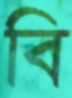
বি